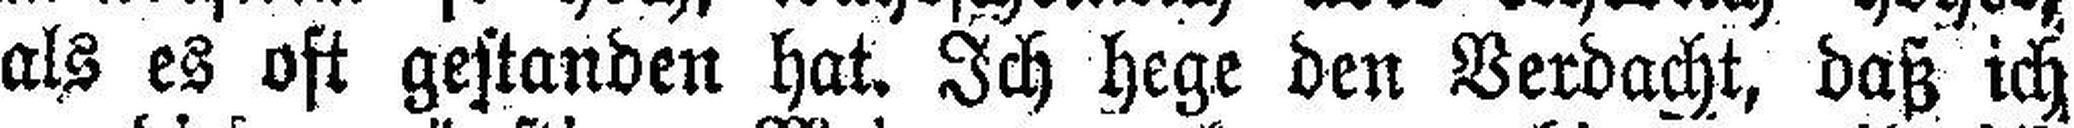
als es oft gestanden hat. Ich hege den Verdacht, daß ich